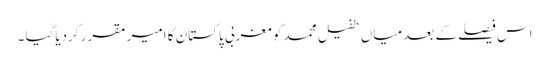
اس فیصلے کے بعد میاں طفیل محمد کو مغربی پاکستان کا امیر مقرر کردیاگیا ۔